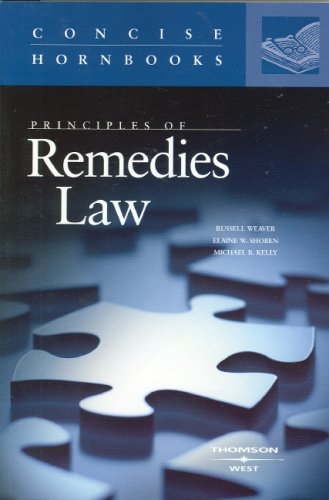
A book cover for Principles of Remedies Law (Concise Hornbook Series) (Concise Hornbook); Russell Weaver; Law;